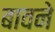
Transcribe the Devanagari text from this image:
बावने